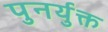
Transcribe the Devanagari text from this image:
पुनर्युक्त